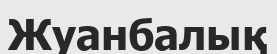
Жуанбалық